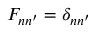
F _ { n n ^ { \prime } } = \delta _ { n n ^ { \prime } }